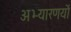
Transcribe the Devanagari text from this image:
अभ्यारणयों